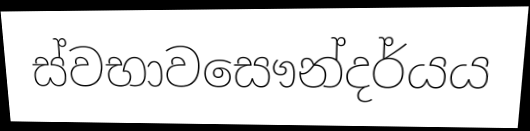
ස්වභාවසෞන්දර්යය